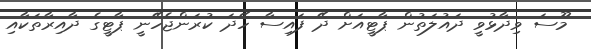
މޫސަ ވިދާޅުވީ ދައުލަތުން ޕާޓީއަށް ދޭ ފައިސާ ހޭދަ ކުރަންޖެހޭނީ ޕާޓީގެ ދާއިރާތަކާއި